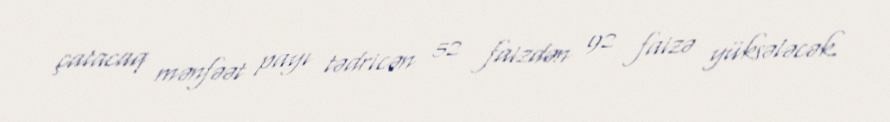
çatacaq mənfəət payı tədricən 52 faizdən 92 faizə yüksələcək.